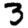
Digit: 3